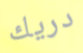
دريك